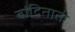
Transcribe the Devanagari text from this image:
बांदिताती